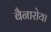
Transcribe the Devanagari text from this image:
बैनारोया